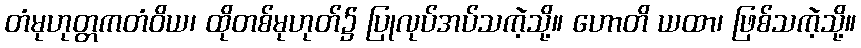
တံမုဟုတ္တကတံဝိယ၊ ထိုတစ်မုဟုတ်၌ ပြုလုပ်အပ်သကဲ့သို့။ ဟောတိ ယထာ၊ ဖြစ်သကဲ့သို့။